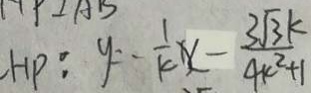
H P : y = - \frac { 1 } { k } x - \frac { 3 \sqrt { 3 } k } { 4 k ^ { 2 } + 1 }